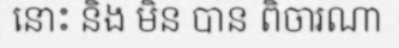
នោះ និង មិន បាន ពិចារណា